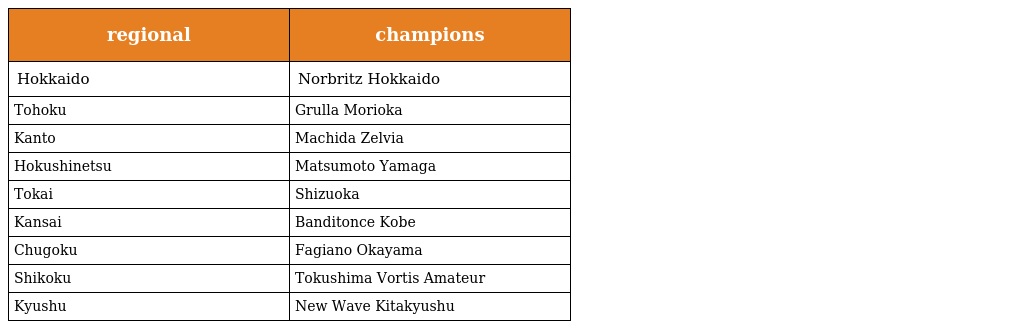
| regional | champions |
 | --- | --- |
 | Hokkaido | Norbritz Hokkaido |
 | Tohoku | Grulla Morioka |
 | Kanto | Machida Zelvia |
 | Hokushinetsu | Matsumoto Yamaga |
 | Tokai | Shizuoka |
 | Kansai | Banditonce Kobe |
 | Chugoku | Fagiano Okayama |
 | Shikoku | Tokushima Vortis Amateur |
 | Kyushu | New Wave Kitakyushu |